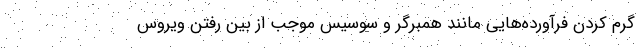
گرم کردن فرآورده‌هایی مانند همبرگر و سوسیس موجب از بین رفتن ویروس